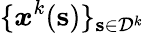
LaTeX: \{ \boldsymbol{x}^{k}(\mathbf{s})\} _{\mathbf{s}\in\mathcal{D}^{k}}